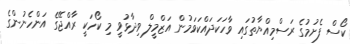
ކޯސް ފެށުމުގެ ރަސްމިއްޔާތުގައި ވާހަކަދައްކަވަމުން އަޒްމީލް ވިދާޅުވީ މި ކޯހަކީ ރާއްޖޭގެ އަންހެނުންގެ